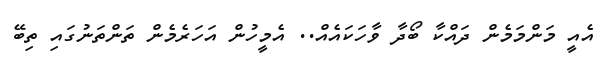
އެއީ މަންމަމެން ދައްކާ ބޯދާ ވާހަކައެއް.. އެމީހުން އަހަރެމެން ތަންތަނުގައި ތިބޭ